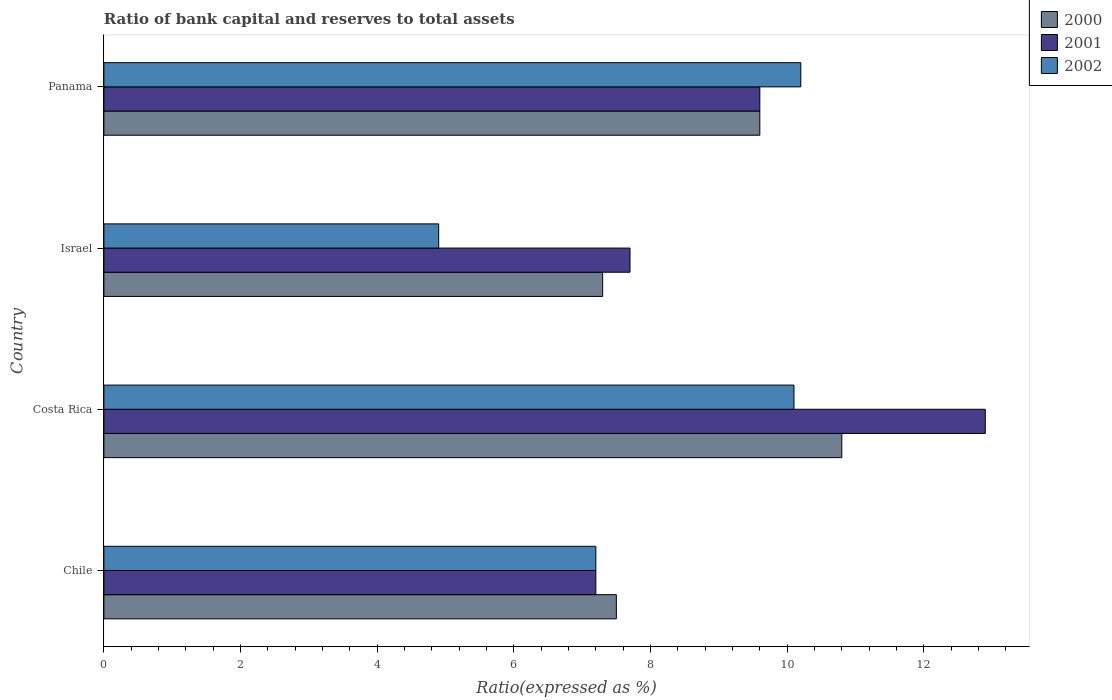
| Country | 2000 | 2001 | 2002 |
 | --- | --- | --- | --- |
 | Chile | 7.5 | 7.2 | 7.2 |
 | Costa Rica | 10.8 | 12.9 | 10.1 |
 | Israel | 7.3 | 7.7 | 4.9 |
 | Panama | 9.6 | 9.6 | 10.2 |